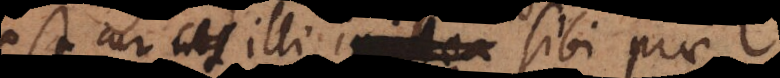
est cur nos illi imitan sibi prae